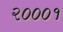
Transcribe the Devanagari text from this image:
२०००१